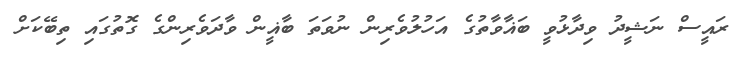
ރައީސް ނަޝީދު ވިދާޅުވީ ބަޣާވާތުގެ އަހުލުވެރިން ނުވަތަ ބާޣީން ވާދަވެރިންގެ ގޮތުގައި ތިބޭކަށް